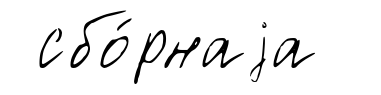
сбо́рнаjа